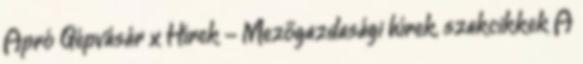
Apró Gépvásár x Hírek - Mezőgazdasági hírek, szakcikkek A